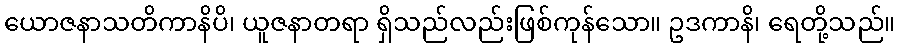
ယောဇနာသတိကာနိပိ၊ ယူဇနာတရာ ရှိသည်လည်းဖြစ်ကုန်သော။ ဥဒကာနိ၊ ရေတို့သည်။